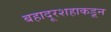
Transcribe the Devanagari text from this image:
बहादूरशहाकडून